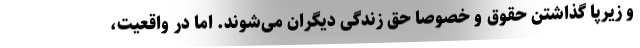
و زیرپا گذاشتن حقوق و خصوصاً حق زندگی دیگران می‌شوند. اما در واقعیت،